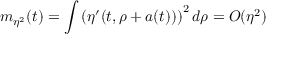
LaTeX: m _ { \eta ^ { 2 } } ( t ) = \int \left( \eta ^ { \prime } ( t , \rho + a ( t ) ) \right) ^ { 2 } d \rho = { \cal O } ( \eta ^ { 2 } )